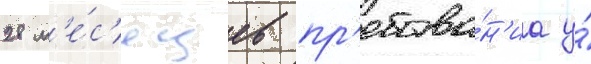
28 м'е́с'яцев пр'ебыва́н'иа у́